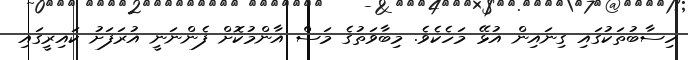
ހިސާބުތަކުގައި ގިނައިން އުޅޭ މަހެކެވެ. މިބާވަތުގެ މަސް އާންމުކޮށް ފެންނަނީ އުރަފަށު ކައިރީގައި